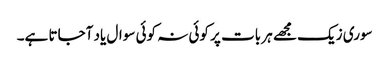
سوری زیک مجھے ہر بات پر کوئی نہ کوئی سوال یاد آجاتا ہے۔